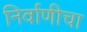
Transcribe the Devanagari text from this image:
निर्वाणीचा